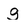
Character: g